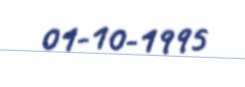
01-10-1995